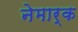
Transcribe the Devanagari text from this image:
नेमार्क